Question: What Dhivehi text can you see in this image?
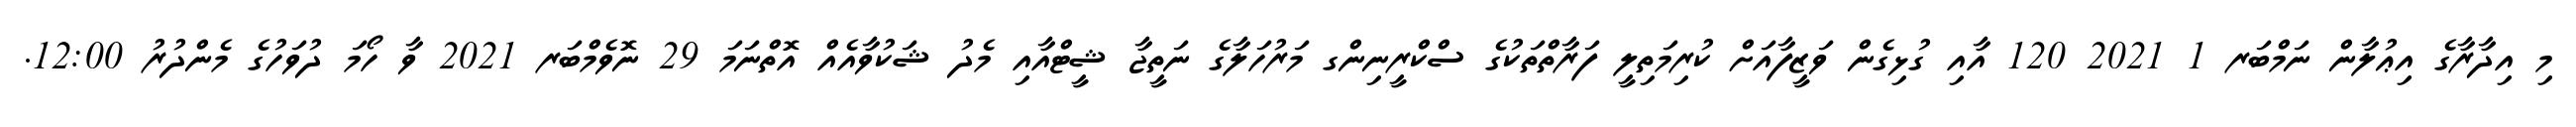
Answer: މި އިދާރާގެ އިޢުލާން ނަމްބަރ 1 2021 120 އާއި ގުޅިގެން ވަޒީފާއަށް ކުރިމަތިލީ ފަރާތްތަކުގެ ސްކްރީނިންގ މަރުހަލާގެ ނަތީޖާ ޝީޓްއާއި މެދު ޝަކުވާއެއް އޮތްނަމަ 29 ނޮވެމްބަރ 2021 ވާ ހޯމަ ދުވަހުގެ މެންދުރު 12:00.